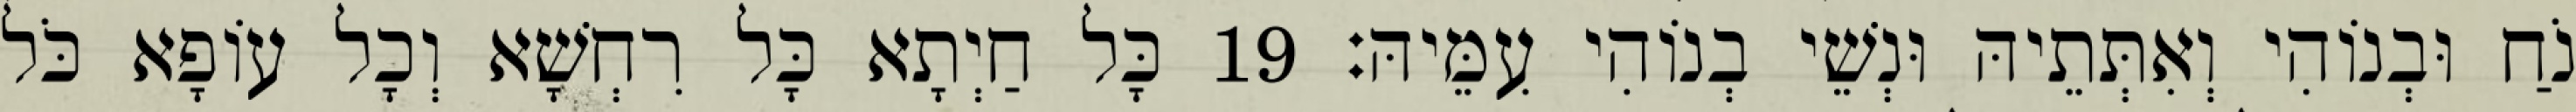
נֹחַ וּבְנוֹהִי וְאִתְּתֵיהּ וּנְשֵׁי בְנוֹהִי עִמֵּיהּ׃ 19 כָּל חַיְתָא כָּל רִחְשָׁא וְכָל עוֹפָא כֹּל